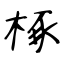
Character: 椓